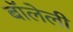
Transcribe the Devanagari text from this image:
बॉलेली